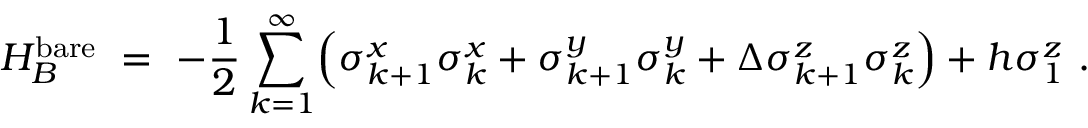
H _ { B } ^ { \mathrm { b a r e } } ~ = ~ - \frac { 1 } { 2 } \sum _ { k = 1 } ^ { \infty } \Bigl ( \sigma _ { k + 1 } ^ { x } \sigma _ { k } ^ { x } + \sigma _ { k + 1 } ^ { y } \sigma _ { k } ^ { y } + \Delta \sigma _ { k + 1 } ^ { z } \sigma _ { k } ^ { z } \Bigr ) + h \sigma _ { 1 } ^ { z } ~ .